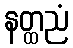
နတ္ထညံ